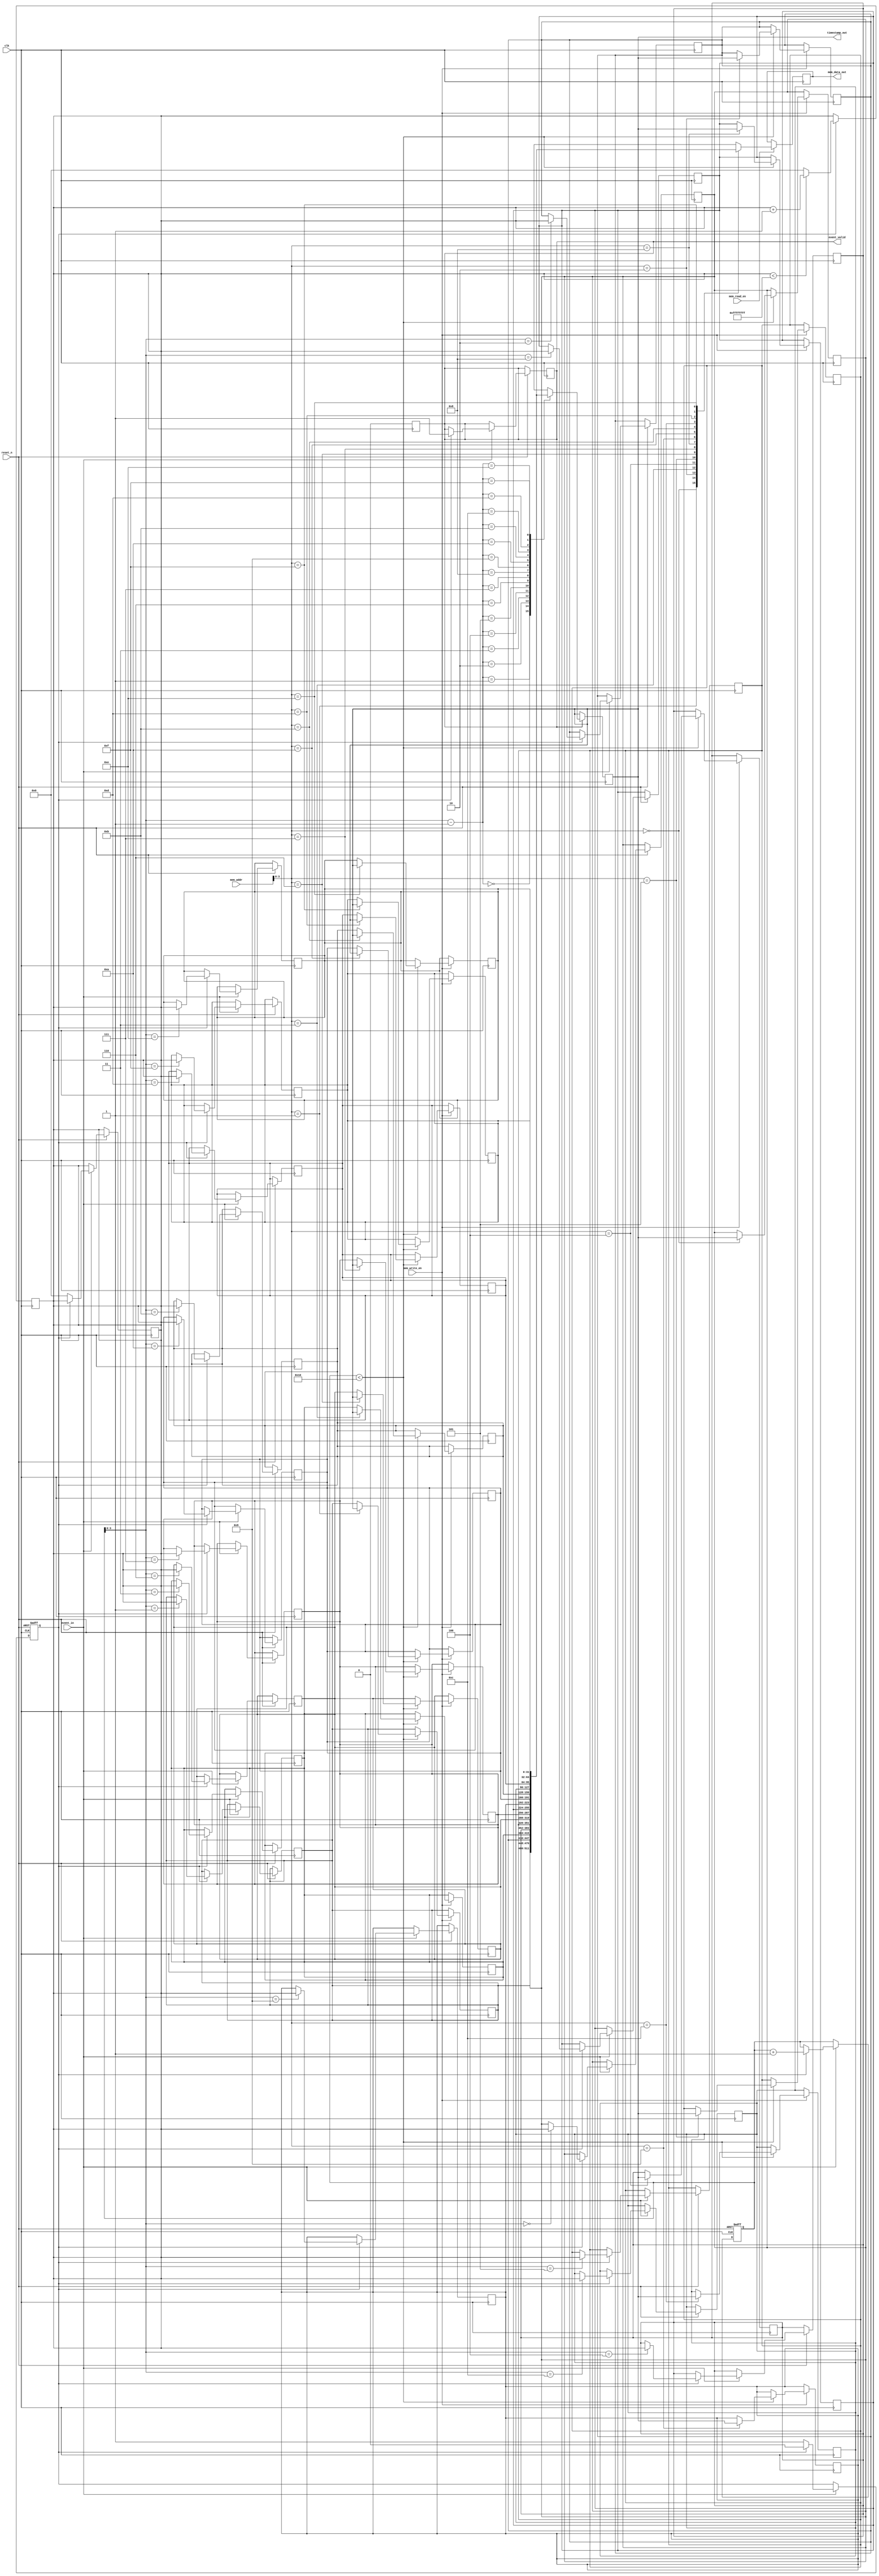
module MemoryBlocksEventTimerTDC (
    input wire clk,                  // System clock
    input wire reset_n,              // Active low reset
    input wire event_in,             // Event detection input
    output reg [31:0] timestamp_out, // Output timestamp
    output reg event_valid,          // Indicates valid event
    input wire [31:0] mem_addr,      // Memory address for read/write
    input wire mem_write_en,         // Memory write enable
    input wire mem_read_en,          // Memory read enable
    output reg [31:0] mem_data_out    // Data read from memory
);

// Parameters
parameter MAX_EVENTS = 16;                     // Max events supported
parameter OVRFLW_THRESHOLD = 32'hFFFFFFFF;    // Timer overflow threshold
reg [31:0] timestamp[MAX_EVENTS-1:0];           // Memory for timestamps
reg [4:0] event_count;                          // Event count
reg [31:0] timer_value;                         // Timer value
reg timer_running;                              // Timer running flag

// Event Detection Unit
always @(posedge clk or negedge reset_n) begin
    if (!reset_n) begin
        timer_running <= 1'b0; // Disable timer on reset
        event_count <= 5'b0;   // Reset event count
    end else if (event_in) begin
        if (!timer_running) begin
            timer_running <= 1'b1; // Start timer on first event
            timer_value <= 32'b0;   // Reset timer value
        end else begin
            // Stop timer on the second event
            timestamp[event_count] <= timer_value; // Store timestamp
            event_count <= event_count + 1;        // Increment event count
            timer_running <= 1'b0;                  // Stop timer
            event_valid <= 1'b1;                    // Indicate valid event
        end
    end
end

// Timer Core
always @(posedge clk) begin
    if (timer_running) begin
        if (timer_value < OVRFLW_THRESHOLD) begin
            timer_value <= timer_value + 1; // Increment timer value
        end else begin
            timer_value <= 32'h0; // Reset timer on overflow
        end
    end
end

// Memory Interface
always @(posedge clk) begin
    if (mem_write_en) begin
        if (event_count < MAX_EVENTS) begin
            timestamp[mem_addr] <= timestamp_out; // Write timestamp to memory
        end
    end
    if (mem_read_en) begin
        mem_data_out <= timestamp[mem_addr]; // Read from memory
    end
    if (event_valid) begin
        timestamp_out <= timestamp[event_count - 1]; // Provide the last valid stamp
        event_valid <= 1'b0; // Clear event valid flag
    end
end

endmodule